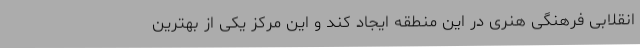
انقلابی فرهنگی هنری در این منطقه ایجاد کند و این مرکز یکی از بهترین